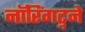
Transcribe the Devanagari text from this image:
नॉरिंगट्नने